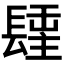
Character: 𨲢